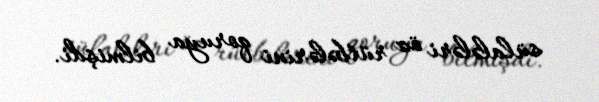
sülalələri öz rütbələrini qoruya bilmişdi.